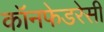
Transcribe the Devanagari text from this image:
कॉनफेडरेसी